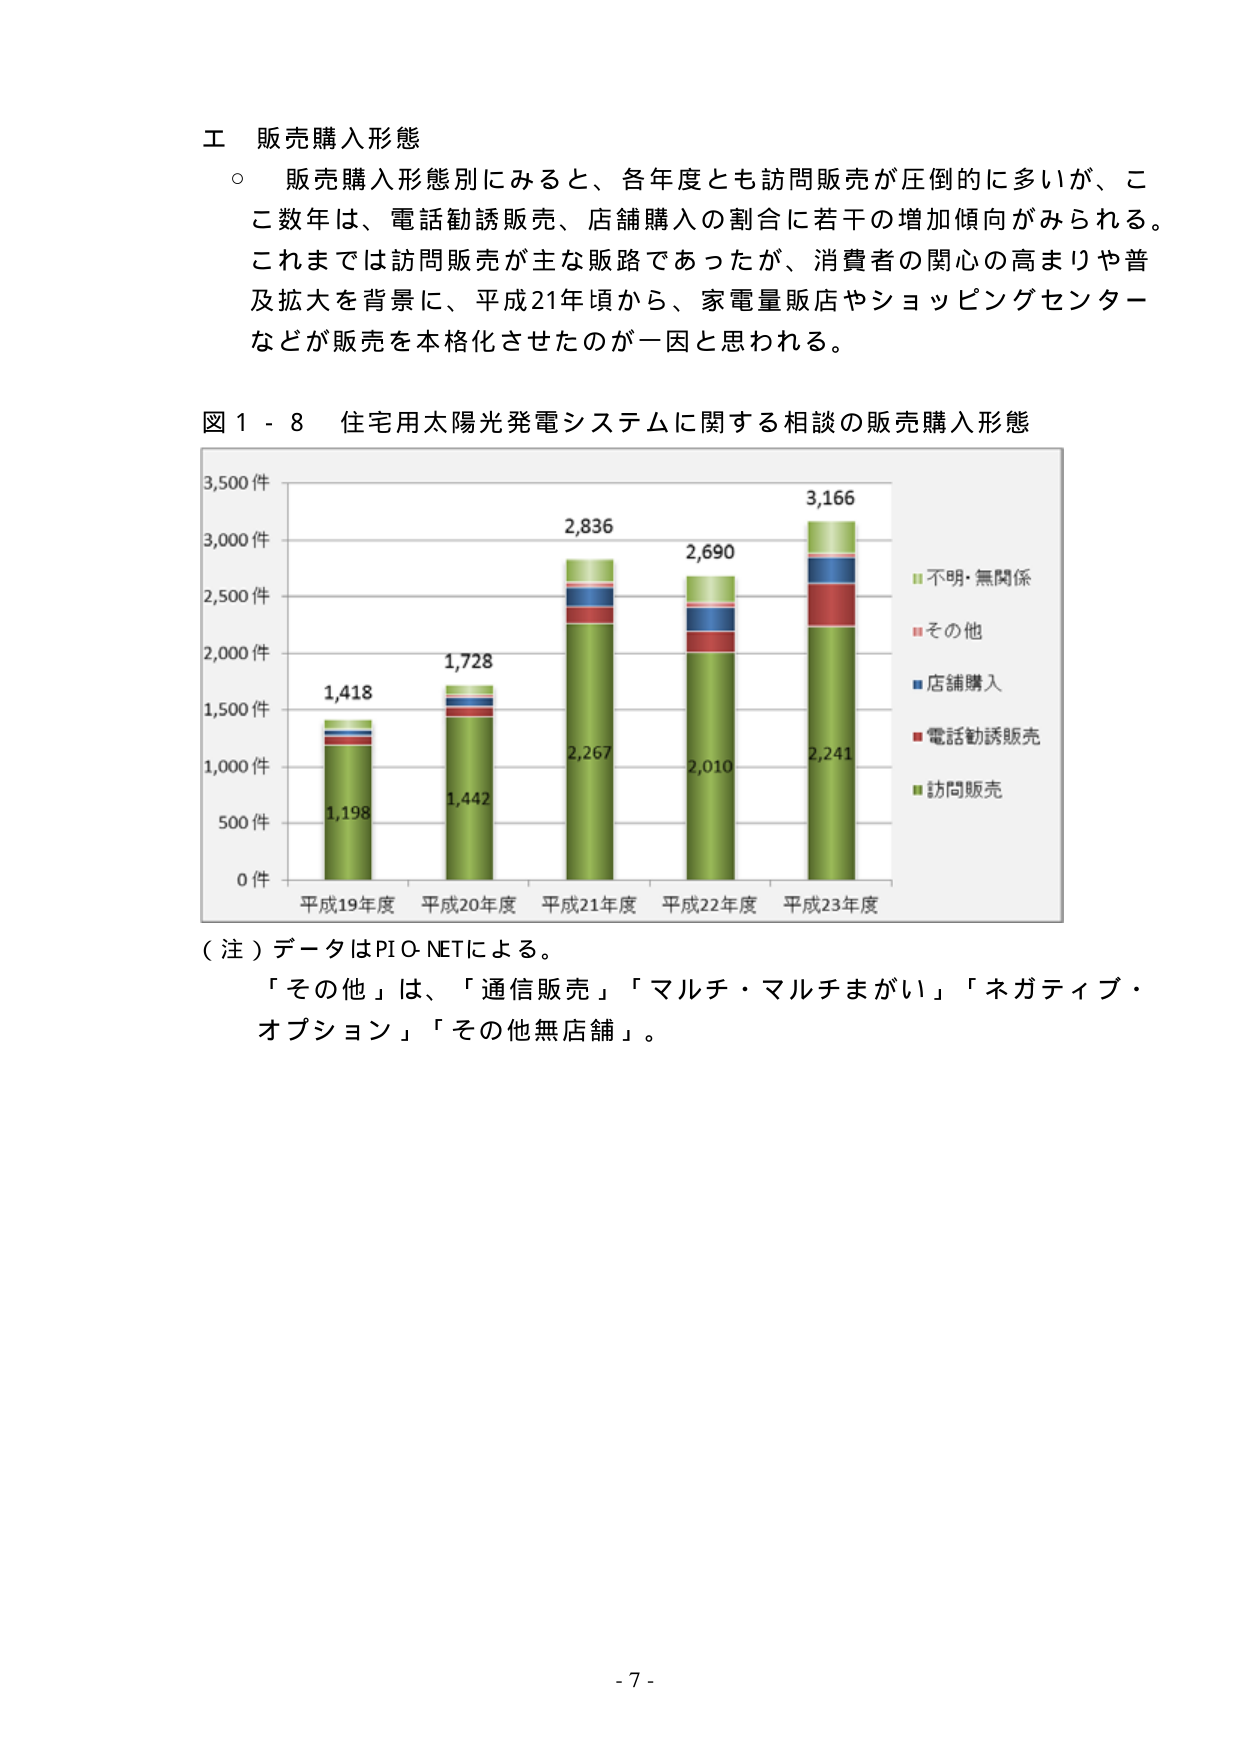
工 販売購入形態
○ 販売購入形態別にみると、各年度とも訪問販売が圧倒的に多いが、ここ数年は、電話勧誘販売、店舗購入の割合に若干の増加傾向がみられる。これまででは訪問販売が主な販路であったが、消費者の関心の高まりや普及拡大を背景に、平成21年頃から、家電量販店やショッピングセンターなどが販売を本格化させたのが一因と思われる。

図１－８ 住宅用太陽光発電システムに関する相談の販売購入形態

3,500件
3,000件
2,500件
2,000件
1,500件
1,000件
500件
0件

平成19年度 1,418
平成20年度 1,728
平成21年度 2,836
平成22年度 2,690
平成23年度 3,166

1,198
1,442
2,267
2,010
2,241

■不明・無関係
■その他
■店舗購入
■電話勧誘販売
■訪問販売

（注）データはPIO-NETによる。
「その他」は、「通信販売」「マルチ・マルチまがい」「ネガティブ・オプション」「その他無店舗」。

- 7 -